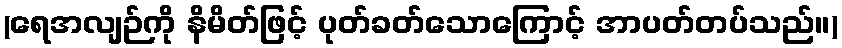
(ရေအလျဉ်ကို နိမိတ်ဖြင့် ပုတ်ခတ်သောကြောင့် အာပတ်တပ်သည်။)